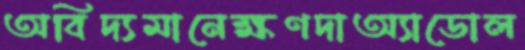
অবিদ্যমানেক্ষণদাঅ্যাডোল